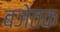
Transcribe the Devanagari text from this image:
बजेतक